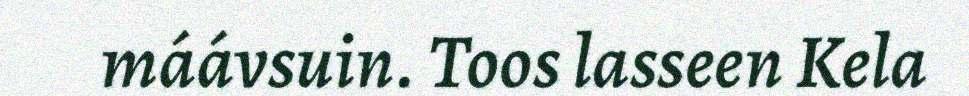
máávsuin. Toos lasseen Kela